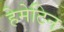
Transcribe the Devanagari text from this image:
हेमेटिन